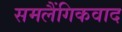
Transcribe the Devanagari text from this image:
समलैंगिकवाद